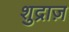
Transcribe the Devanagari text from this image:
शुद्राज़